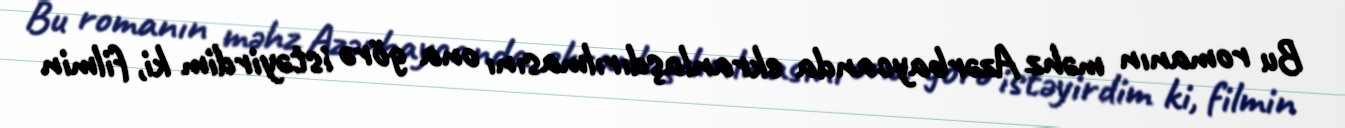
Bu romanın məhz Azərbaycanda ekranlaşdırılmasını ona görə istəyirdim ki, filmin